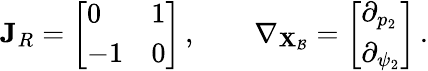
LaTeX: \mathbf{J}_{R}=\left[\begin{array}{ll}{0}&{1}\\ {-1}&{0}\end{array}\right]\, ,\qquad\nabla_{\mathbf{X}_{\mathcal{B}}}=\left[\begin{array}{l}{\partial_{p_{2}}}\\ {\partial_{\psi_{2}}}\end{array}\right]\, .